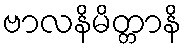
ဗာလနိမိတ္တာနိ